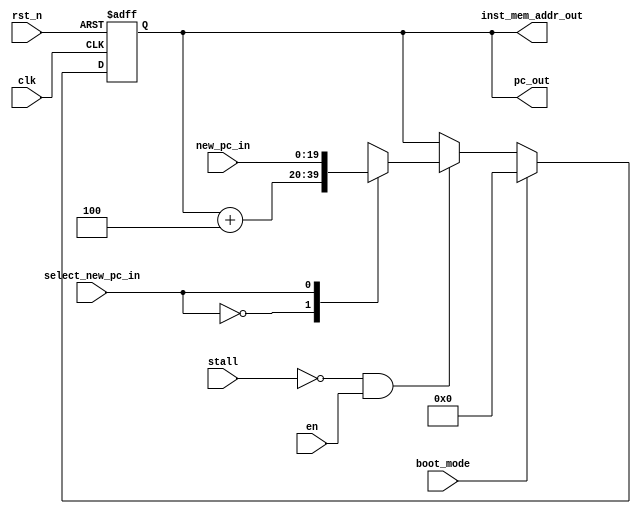
module top_fetch
#(
    parameter PC_DATA_WIDTH = 20,
    parameter INSTRUCTION_WIDTH = 32,
    parameter PC_INITIAL_ADDRESS = 20'h0
)(
    input clk,                                                // CPU core clock
    input rst_n,                                              // CPU core reset active low
    input en,
    input stall,                                              // Indicates a stall insertion on the datapath
    // input flush,                                              // Force flush in pipeline registers

    // input [INSTRUCTION_WIDTH-1:0] inst_mem_data_in,           // SRAM input data
    input select_new_pc_in,                                   // Signal used for branch not taken
    input [PC_DATA_WIDTH-1:0] new_pc_in,                      // New value of Program Counter

    // output reg [PC_DATA_WIDTH-1:0] new_pc_out,                // Updated value of the Program Counter
    output [PC_DATA_WIDTH-1:0] pc_out,                    // Value of the Program Counter
    // output reg [INSTRUCTION_WIDTH-1:0] instruction_reg_out,   // CPU core fetched instruction
    output [PC_DATA_WIDTH-1:0] inst_mem_addr_out,              // Instruction SRAM address bus
    input boot_mode
);


reg [PC_DATA_WIDTH-1:0] pc;
reg [PC_DATA_WIDTH-1:0] pc_mux_data;
reg [PC_DATA_WIDTH-1:0] pc_adder_data;

// -------------------------------------------------------------
// Multiplex to select new PC value
// -------------------------------------------------------------
always@(*)
begin
  case(select_new_pc_in)
    0 : pc_mux_data = pc_adder_data;
    1 : pc_mux_data = new_pc_in;
  endcase
end

// -------------------------------------------------------------
// Program Counter adder
// -------------------------------------------------------------
always@(*)
begin
  pc_adder_data = pc + 20'd4;
end

// -------------------------------------------------------------
// Program Counter regireg [FUNCTION_WIDTH-1:0] inst_function,ster
// -------------------------------------------------------------
assign inst_mem_addr_out = pc;

always@(posedge clk or negedge rst_n) begin
    if(!rst_n) begin
        pc <= PC_INITIAL_ADDRESS;
    end 
    else if (boot_mode) begin
        pc <= PC_INITIAL_ADDRESS;
    end
    else if((!stall)&en) begin
        pc <= pc_mux_data;
    end
end

assign pc_out = pc;

// -------------------------------------------------------------
// Pipeline Registers
// The if_id pipe needs only this
// ++TODO: Plance this procedure into a module.
// -------------------------------------------------------------
// always@(posedge clk or negedge rst_n)begin
//    if(!rst_n) begin
//       new_pc_out <= 0;
//       instruction_reg_out <= 0;
//    end else if(!stall)begin
//       new_pc_out <= pc;
//       if(flush)begin
//          instruction_reg_out <= 0;
//       end
//       else begin
//          instruction_reg_out <= inst_mem_data_in;
//       end
//    end
// end


endmodule